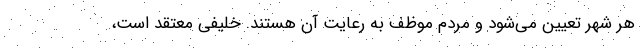
هر شهر تعیین می‌شود و مردم موظف به رعایت آن هستند. خلیفی معتقد است،